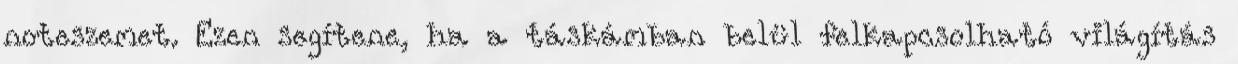
noteszemet. Ezen segítene, ha a táskámban belül felkapcsolható világítás